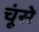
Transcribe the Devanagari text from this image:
चूंसे